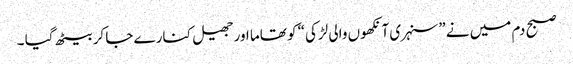
صبح دم میں نے ”سنہری آنکھوں والی لڑکی“ کو تھاما اور جھیل کنارے جا کر بیٹھ گیا ۔